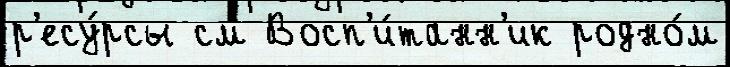
р'есу́рсы см Восп'и́танн'ик родно́м